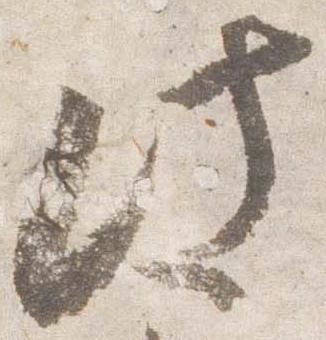
此